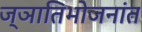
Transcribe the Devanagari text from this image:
ज्ञातिभोजनांत